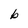
Character: b